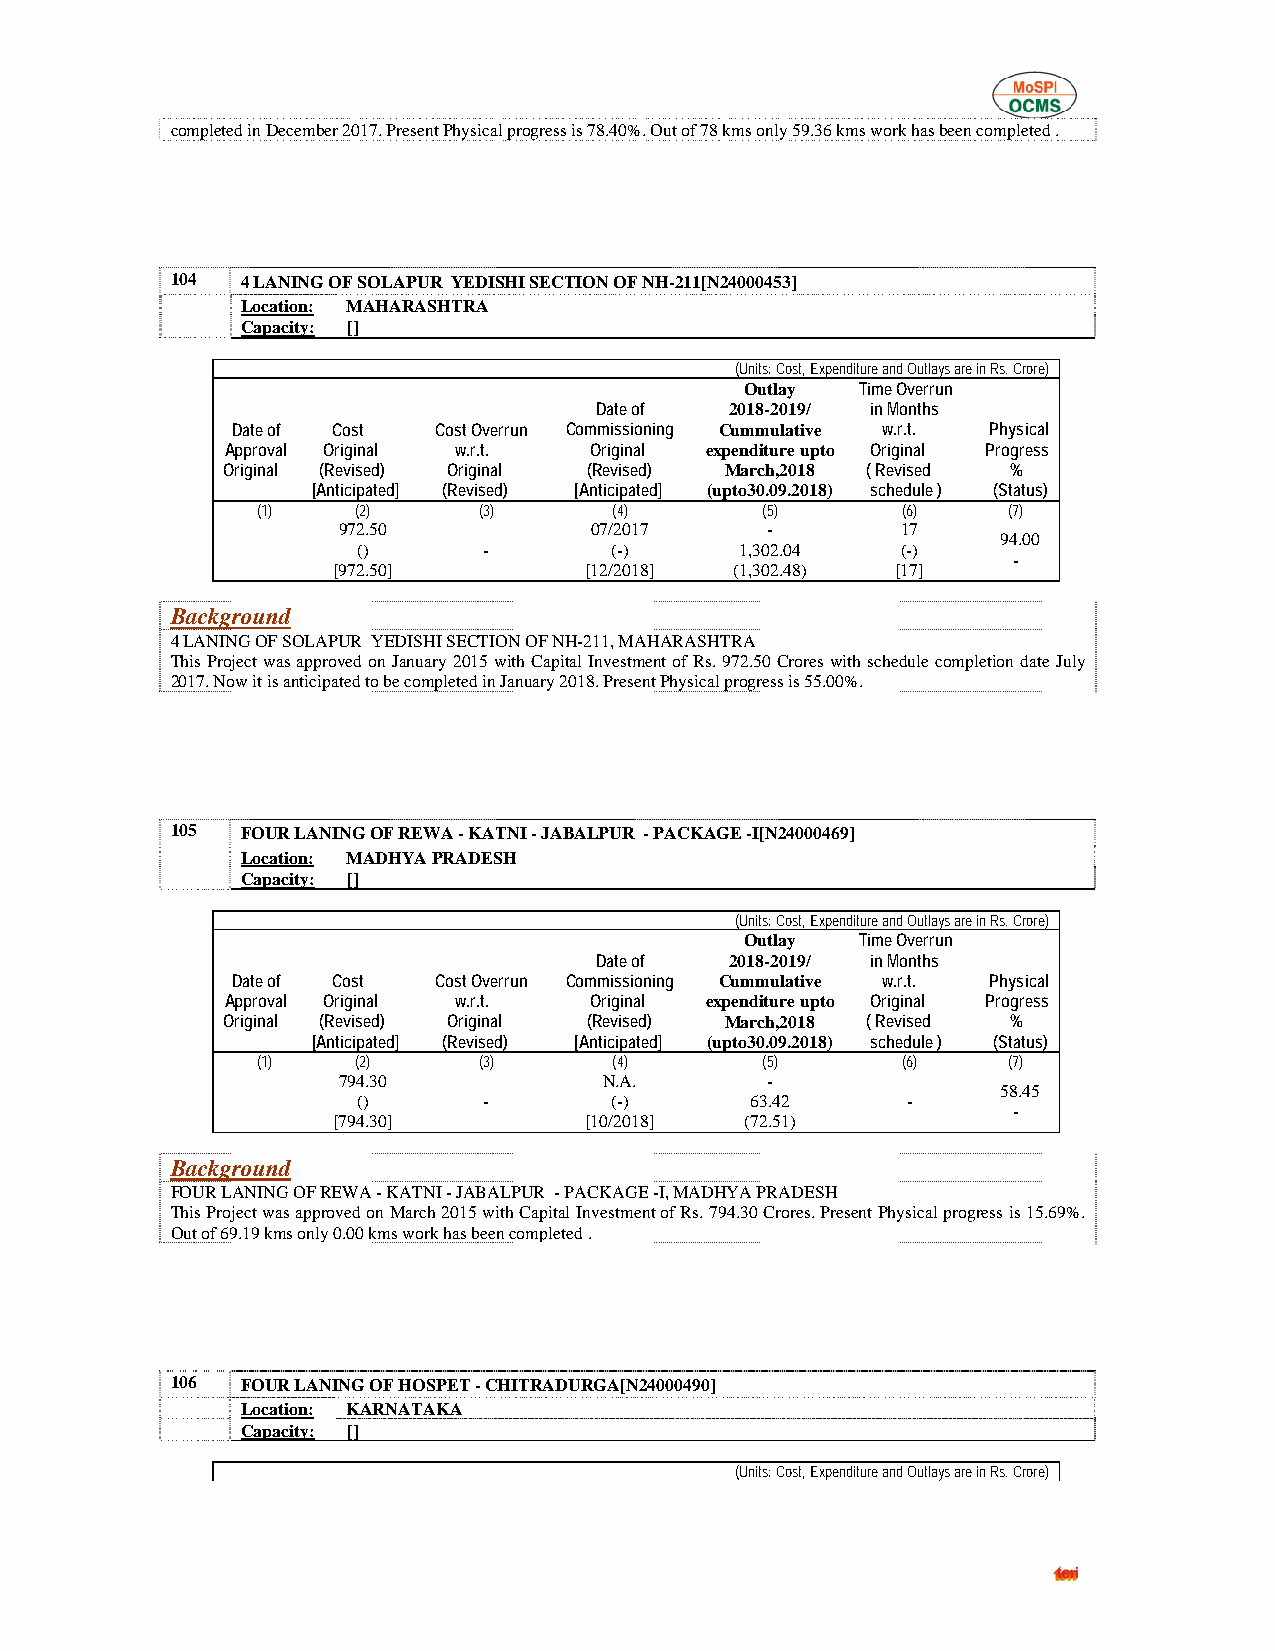
completed in December 2017. Present Physical progress is 78.40%. Out of 78 kms only 59.36 kms work has been completed .
 104  4 LANING OF SOLAPUR YEDISHI SECTION OF NH-211[N24000453]
 Location: MAHARASHTRA
 Capacity: []
 (Units: Cost, Expenditure and Outlays are in Rs. Crore)
 Outlay  Time Overrun
 Date of  2018-2019/ in Months
 Date of Cost  Cost Overrun Commissioning Cummulative w.r.t. Physical
 Approval Original w.r.t. Original expenditure upto Original Progress
 Original (Revised) Original (Revised) March,2018 ( Revised %
 [Anticipated] (Revised) [Anticipated] (upto30.09.2018) schedule ) (Status)
 (1)    (2)     (3)      (4)      (5)       (6)    (7)
 972.50           07/2017     -        17
 94.00
 ()      -       (-)      1,302.04   (-)
 -
 [972.50]         [12/2018] (1,302.48) [17]
 Background
 4 LANING OF SOLAPUR YEDISHI SECTION OF NH-211, MAHARASHTRA
 This Project was approved on January 2015 with Capital Investment of Rs. 972.50 Crores with schedule completion date July
 2017. Now it is anticipated to be completed in January 2018. Present Physical progress is 55.00%.
 105  FOUR LANING OF REWA - KATNI - JABALPUR - PACKAGE -I[N24000469]
 Location: MADHYA PRADESH
 Capacity: []
 (Units: Cost, Expenditure and Outlays are in Rs. Crore)
 Outlay  Time Overrun
 Date of  2018-2019/ in Months
 Date of Cost  Cost Overrun Commissioning Cummulative w.r.t. Physical
 Approval Original w.r.t. Original expenditure upto Original Progress
 Original (Revised) Original (Revised) March,2018 ( Revised %
 [Anticipated] (Revised) [Anticipated] (upto30.09.2018) schedule ) (Status)
 (1)    (2)     (3)      (4)      (5)       (6)    (7)
 794.30            N.A.       -
 58.45
 ()      -       (-)       63.42     -
 -
 [794.30]         [10/2018] (72.51)
 Background
 FOUR LANING OF REWA - KATNI - JABALPUR - PACKAGE -I, MADHYA PRADESH
 This Project was approved on March 2015 with Capital Investment of Rs. 794.30 Crores. Present Physical progress is 15.69%.
 Out of 69.19 kms only 0.00 kms work has been completed .
 106  FOUR LANING OF HOSPET - CHITRADURGA[N24000490]
 Location: KARNATAKA
 Capacity: []
 (Units: Cost, Expenditure and Outlays are in Rs. Crore)